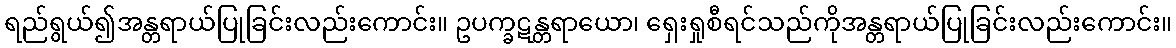
ရည်ရွယ်၍အန္တရာယ်ပြုခြင်းလည်းကောင်း။ ဥပက္ခဋန္တရာယော၊ ရှေးရှုစီရင်သည်ကိုအန္တရာယ်ပြုခြင်းလည်းကောင်း။